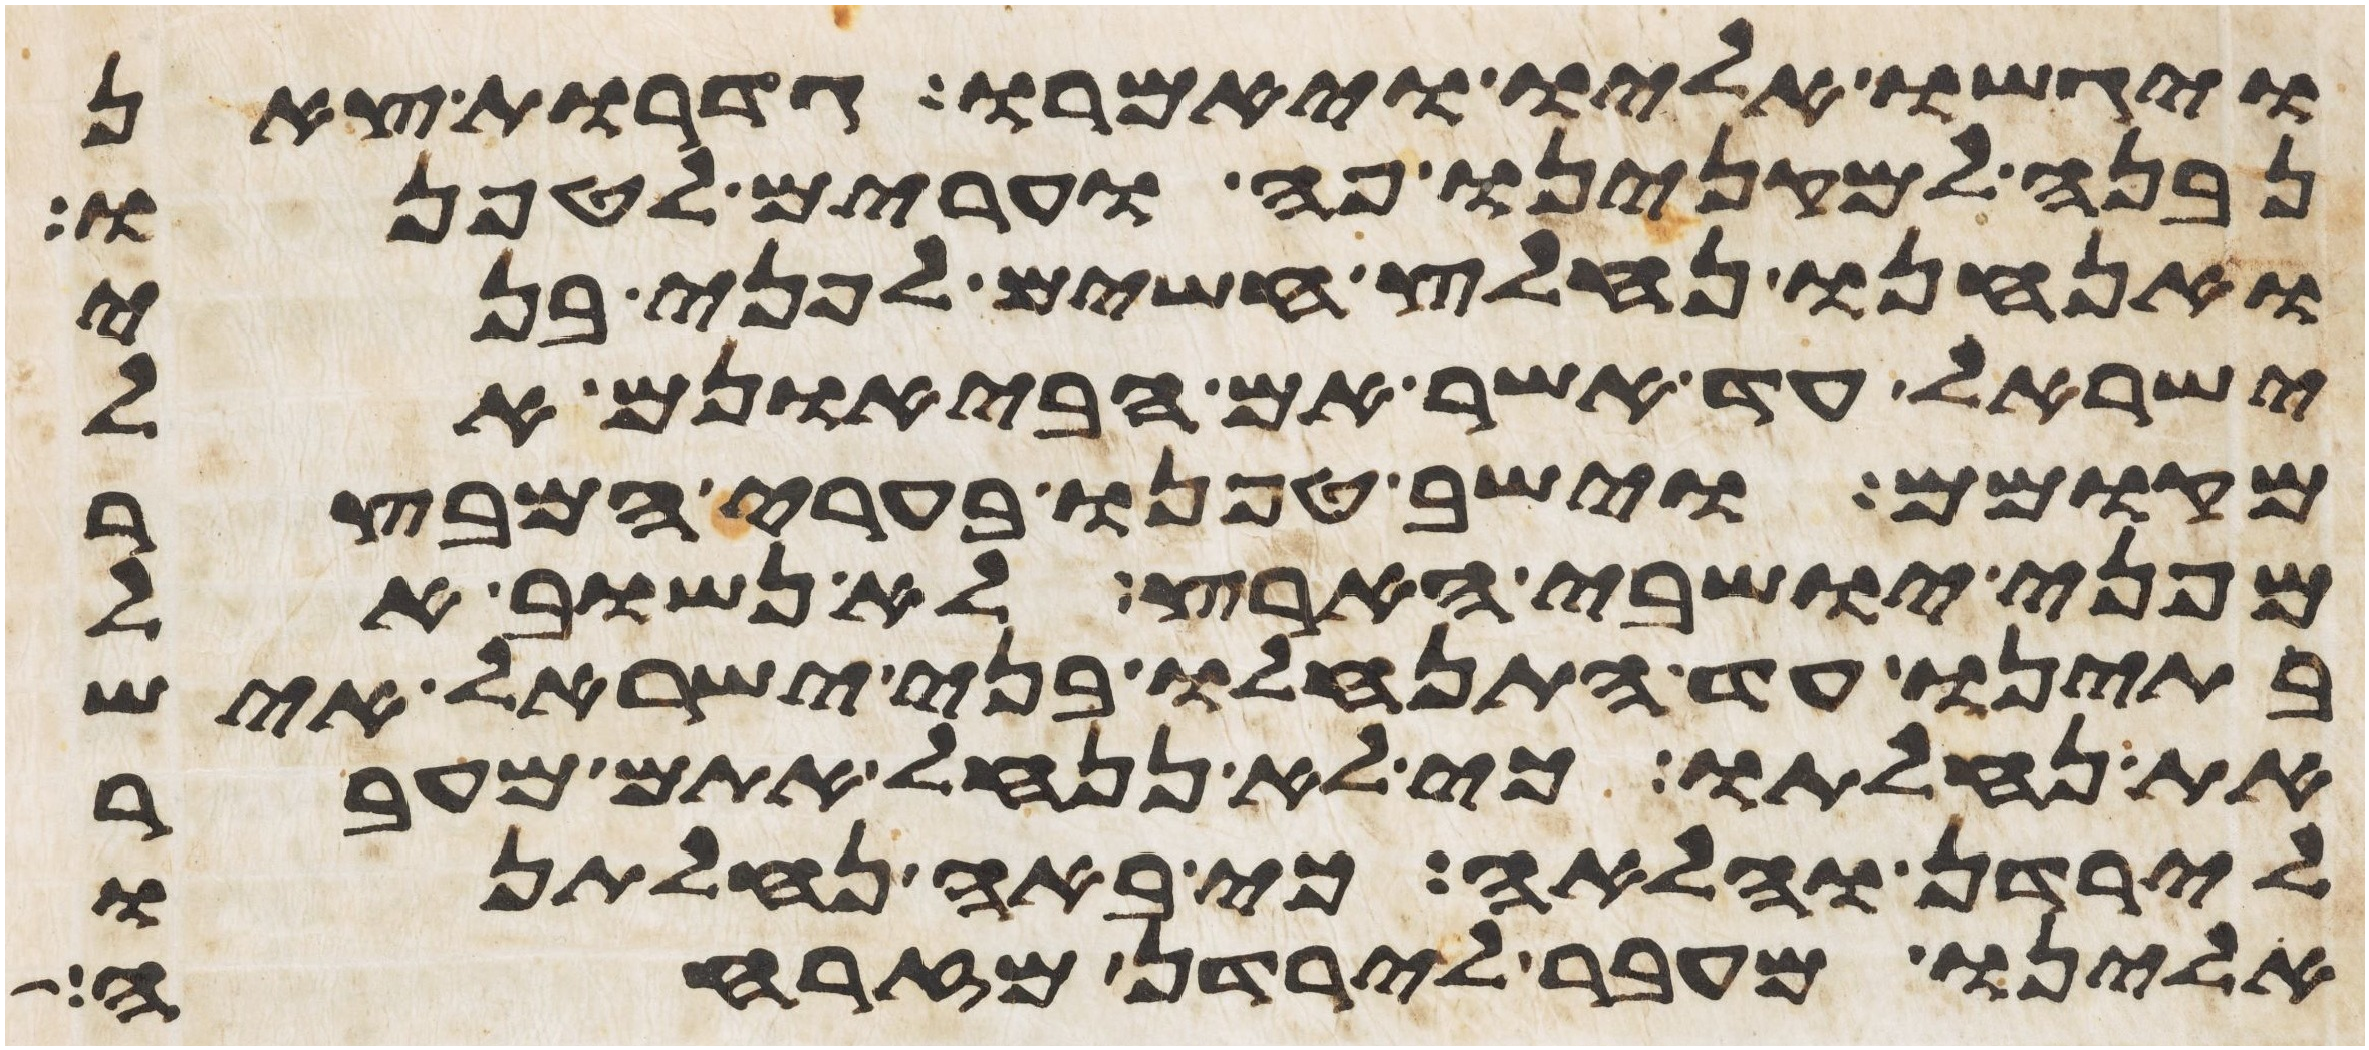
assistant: ויגשו אליו ויאמרו גדרות צאן
נבנה למקנינו פה וערים לטפנו
ואנחנו נחלץ חשים לפני בני
ישראל עד אשר אם הבאנום אל
מקומם וישב טפנו בערי המבצר
מפני ישבי הארץ לא נשוב אל
בתינו עד התנחלו בני ישראל איש
את נחלתו כי לא ננחל אתם מעבר
לירדן והלאה כי באה נחלתנו
אלינו מעבר לירדן מזרחה